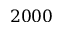
2 0 0 0